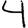
Digit: 4